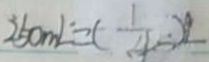
2 5 0 m L = ( \frac { 1 } { 4 } ) L